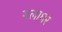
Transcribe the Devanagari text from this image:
गलाघर